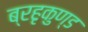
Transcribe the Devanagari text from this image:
ब्रहृकुण्ड